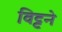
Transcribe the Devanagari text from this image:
विट्टने